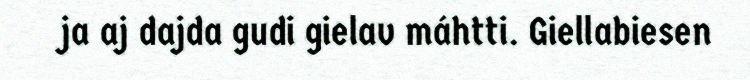
ja aj dajda gudi gielav máhtti. Giellabiesen